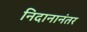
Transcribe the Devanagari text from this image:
निदानानंतर